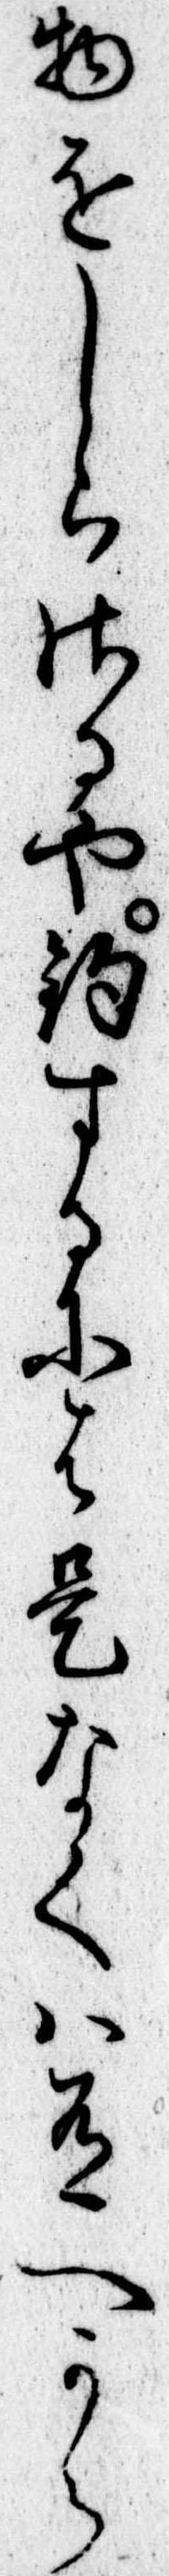
物をしらさるや釣するには是なくは有へから